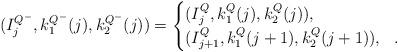
LaTeX: \begin{align*}(I^{Q^{-}}_j,k_1^{Q^{-}}(j),k_2^{Q^{-}}(j))=\begin{cases}(I^{Q}_j,k_1^{Q}(j),k_2^{Q}(j)),~~\\(I^{Q}_{j+1},k_1^{Q}(j+1),k_2^{Q}(j+1)),~~.\end{cases}\end{align*}